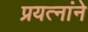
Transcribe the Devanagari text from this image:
प्रयत्नांने